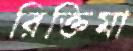
রিক্তিমা